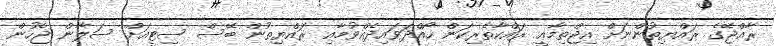
ރާއްޖޭގެ ރައްޔިތުންނަށް އިޖްތިމާޢީ ރައްކާތެރިކަން ހޯއްދަވައިދެއްވުމާއި ރައްޔިތުން ބޭސް ސިޓީއަށް ސަލާން ޖެހުން